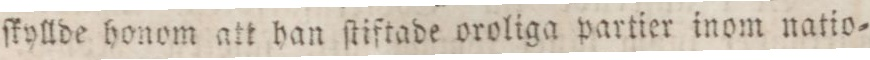
ſkyllde honom att han ſtiftade oroliga partier inom natio=